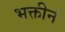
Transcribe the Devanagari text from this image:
भक्तीनं